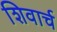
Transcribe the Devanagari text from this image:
शिवार्च